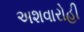
અશવારોહી